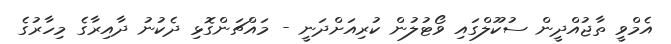
އެމްވީ ތާޖުއްދީން ސުކޫލްގައި ވޯޓުލުން ކުރިއަށްދަނީ - މައްޗަންގޮޅި ދެކުނު ދާއިރާގެ މިހާރުގެ